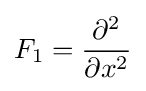
F_{1}={\partial ^{2} \over \partial x^{2}}